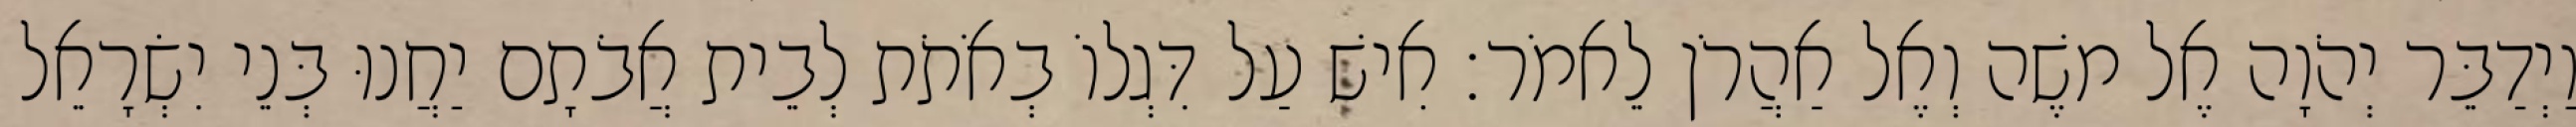
וַיְדַבֵּר יְהֹוָה אֶל משֶׁה וְאֶל אַהֲרֹן לֵאמֹר׃ אִישׁ עַל דִּגְלוֹ בְאֹתֹת לְבֵית אֲבֹתָם יַחֲנוּ בְּנֵי יִשְׂרָאֵל